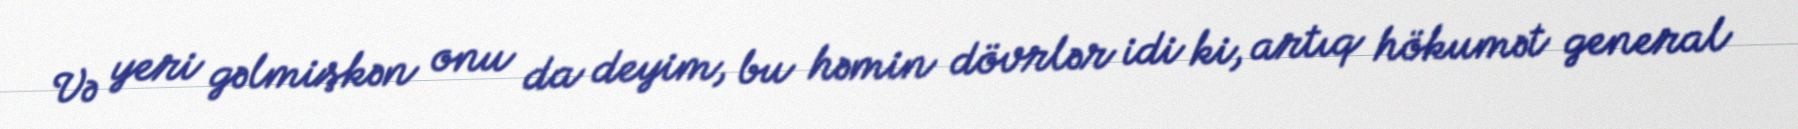
Və yeri gəlmişkən onu da deyim, bu həmin dövrlər idi ki, artıq hökumət general